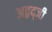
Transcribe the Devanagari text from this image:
अद्बद्जी